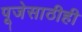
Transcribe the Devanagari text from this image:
पूजेसाठीही